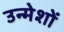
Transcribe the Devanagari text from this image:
उन्मेशों